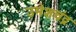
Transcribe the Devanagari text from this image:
उमेशचंद्र